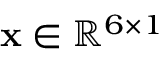
\mathbf { x } \in \mathbb { R } ^ { 6 \times 1 }